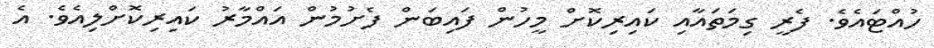
ހުއްޓައެވެ. ފެރީ ގިމަތައާއި ކައިރިކޮށް މީހުން ފައިބަން ފެށުމުން އައްމާރު ކައިރިކޮށްލިއެވެ. އެ